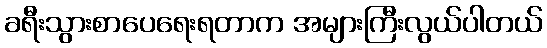
ခရီးသွားစာပေရေးရတာက အများကြီးလွယ်ပါတယ်